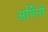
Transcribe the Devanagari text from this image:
अर्पिनो